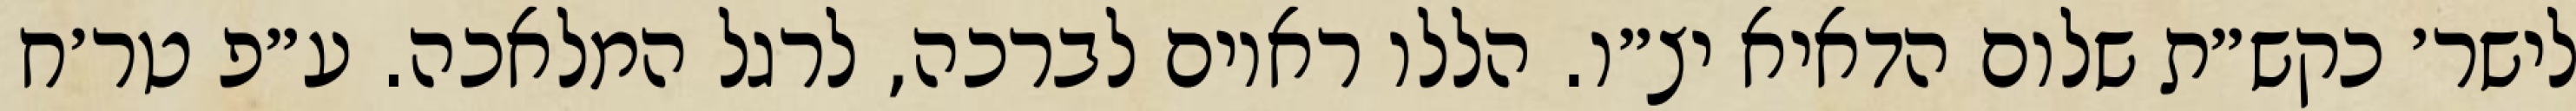
לישר׳ כקש״ת שלום הדאיא יצ״ו. הללו ראוים לברכה, לרגל המלאכה. ע״פ טר׳ח